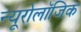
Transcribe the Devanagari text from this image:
न्यूरोलॉजिक